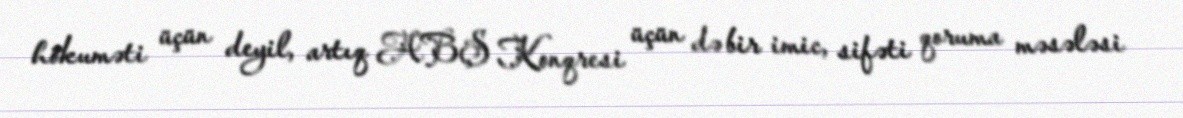
hökuməti üçün deyil, artıq ABŞ Konqresi üçün də bir imic, sifəti qoruma məsələsi